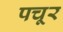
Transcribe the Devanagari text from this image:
पचूर